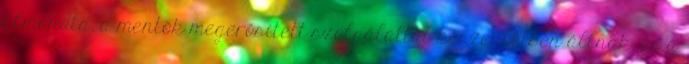
Elmondta, a mentők megerősített szolgálattal készenlétben állnak, és a